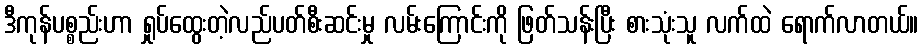
ဒီကုန်ပစ္စည်းဟာ ရှုပ်ထွေးတဲ့လည်ပတ်စီးဆင်းမှု လမ်းကြောင်းကို ဖြတ်သန်းပြီး စားသုံးသူ လက်ထဲ ရောက်လာတယ်။